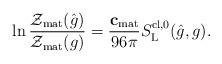
LaTeX: \begin{align*}\ln \frac{\mathcal{Z}_{\rm mat}(\hat g) }{\mathcal{Z}_{\rm mat}(g)}= \frac{\mathbf{c}_{\rm mat}}{96\pi}S^{{\rm cl},0}_{{\rm L}}(\hat g,g) . \end{align*}